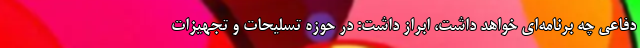
دفاعی چه برنامه‌ای خواهد داشت، ابراز داشت: در حوزه تسلیحات و تجهیزات